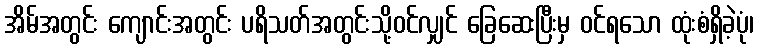
အိမ်အတွင်း ကျောင်းအတွင်း ပရိသတ်အတွင်းသို့ဝင်လျှင် ခြေဆေးပြီးမှ ဝင်ရသော ထုံးစံရှိခဲ့ပုံ၊